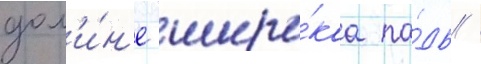
дол'и́н'е широ́каа па́дь /